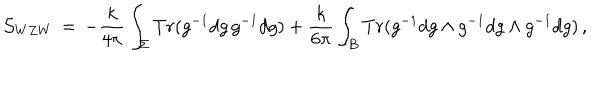
LaTeX: { \cal S } _ { W Z W } \, = \, - \frac { k } { 4 \pi } \int _ { \Sigma } T r ( g ^ { - 1 } d g \, g ^ { - 1 } d g ) + \frac { k } { 6 \pi } \int _ { B } T r ( g ^ { - 1 } d g \wedge g ^ { - 1 } d g \wedge g ^ { - 1 } d g ) \, ,